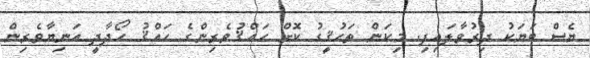
ޔެސް ބަޔަކު ދިރުވާލައިފި. މިކަން ތަހުޤީގު ކޮށް ހައްޤުވެރިންގެ ހައްޤު ހޯދާދީ އަނިޔާވެރިން